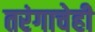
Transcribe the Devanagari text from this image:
तरंगाचेही